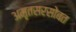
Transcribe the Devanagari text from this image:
अमृतसरसोबत